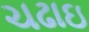
ચઢાઇ